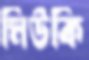
মিউকি